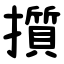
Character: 㩫